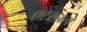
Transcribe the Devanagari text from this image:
एटरनल